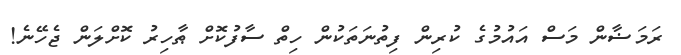
ރަމަޟާން މަސް އައުމުގެ ކުރިން ފިތުނަތަކުން ހިތް ސާފުކޮށް ޠާހިރު ކޮށްލަން ޖެހޭނެ!